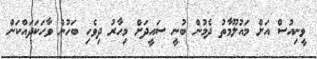
ވީނިއުސް އަށް މައުލޫމާތު ދެމުން ބުނީ ސައީދަށް މިހާރު ދިވެހި ބަހުން ވާހަކަދައްކަން